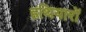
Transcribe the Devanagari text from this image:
हथियारो॑